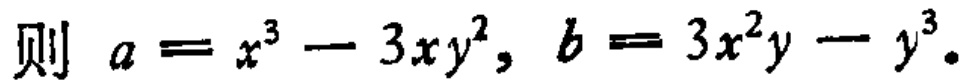
则 \(a = x^{3} - 3xy^{2}, b = 3x^{2}y - y^{3}\)。